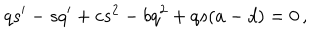
q s ^ { \prime } - s q ^ { \prime } + c s ^ { 2 } - b q ^ { 2 } + q s ( a - d ) = 0 \, ,